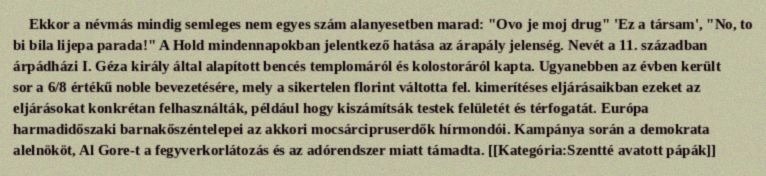
Ekkor a névmás mindig semleges nem egyes szám alanyesetben marad: "Ovo je moj drug" 'Ez a társam', "No, to bi bila lijepa parada!" A Hold mindennapokban jelentkező hatása az árapály jelenség. Nevét a 11. században árpádházi I. Géza király által alapított bencés templomáról és kolostoráról kapta. Ugyanebben az évben került sor a 6/8 értékű noble bevezetésére, mely a sikertelen florint váltotta fel. kimerítéses eljárásaikban ezeket az eljárásokat konkrétan felhasználták, például hogy kiszámítsák testek felületét és térfogatát. Európa harmadidőszaki barnakőszéntelepei az akkori mocsárcipruserdők hírmondói. Kampánya során a demokrata alelnököt, Al Gore-t a fegyverkorlátozás és az adórendszer miatt támadta. [[Kategória:Szentté avatott pápák]]